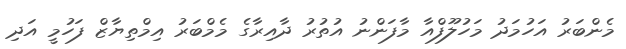
މެންބަރު އަހުމަދު މަހުލޫފްއާ މާފަންނު އުތުރު ދާއިރާގެ މެމްބަރު އިމްތިޔާޒް ފަހުމީ އަދި